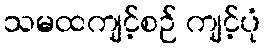
သမထကျင့်စဉ် ကျင့်ပုံ